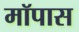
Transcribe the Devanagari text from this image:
मॉपास